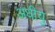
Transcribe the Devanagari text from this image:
अधीयु